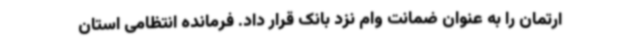
ارتمان را به عنوان ضمانت وام نزد بانک قرار داد. فرمانده انتظامی استان